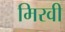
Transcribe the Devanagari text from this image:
मिरवी